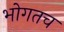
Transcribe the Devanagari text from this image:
भोगतच